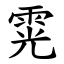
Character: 䨔